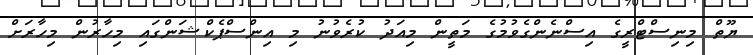
ޔޫތް މިނިސްޓްރީގެ އިސްނެންގެވުމުގެ މަތީން މިއަދު ކުރެވުނު މި އިންސްޕެކްޝަންގައި މިހާރުން މިހާރަށް